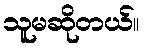
သူမဆိုတယ်။